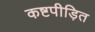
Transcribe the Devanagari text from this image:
कष्टपीड़ित